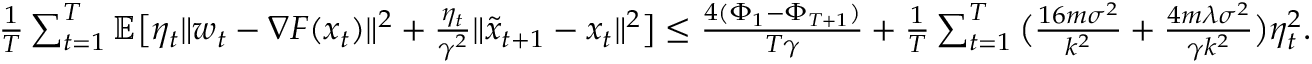
\begin{array} { r } { \frac { 1 } { T } \sum _ { t = 1 } ^ { T } \mathbb { E } \big [ \eta _ { t } \| w _ { t } - \nabla F ( x _ { t } ) \| ^ { 2 } + \frac { \eta _ { t } } { \gamma ^ { 2 } } \| \tilde { x } _ { t + 1 } - x _ { t } \| ^ { 2 } \big ] \leq \frac { 4 ( \Phi _ { 1 } - \Phi _ { T + 1 } ) } { T \gamma } + \frac { 1 } { T } \sum _ { t = 1 } ^ { T } \big ( \frac { 1 6 m \sigma ^ { 2 } } { k ^ { 2 } } + \frac { 4 m \lambda \sigma ^ { 2 } } { \gamma k ^ { 2 } } \big ) \eta _ { t } ^ { 2 } . } \end{array}